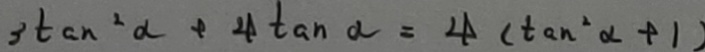
3 \tan ^ { 2 } \alpha + 4 \tan \alpha = 4 ( \tan ^ { 2 } \alpha + 1 )